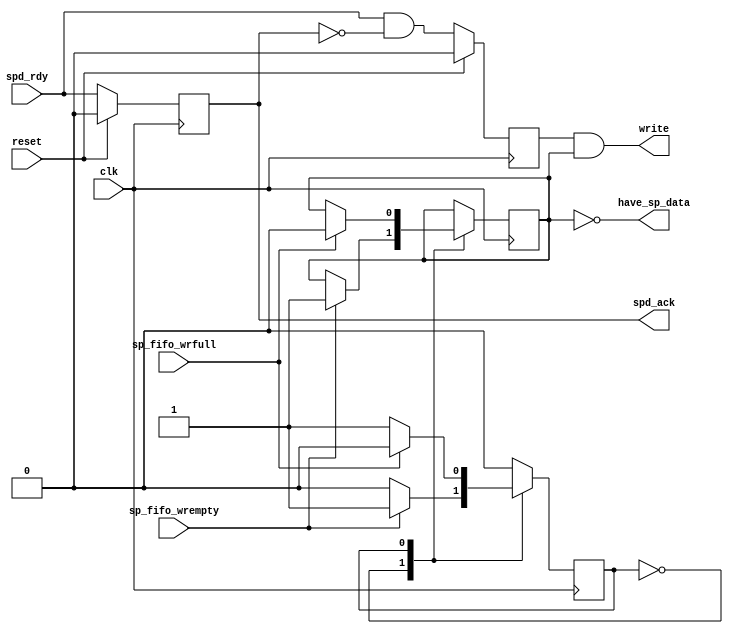
//
//  HPSDR - High Performance Software Defined Radio
//
//  Metis code. 
//
//  This program is free software; you can redistribute it and/or modify
//  it under the terms of the GNU General Public License as published by
//  the Free Software Foundation; either version 2 of the License, or
//  (at your option) any later version.
//
//  This program is distributed in the hope that it will be useful,
//  but WITHOUT ANY WARRANTY; without even the implied warranty of
//  MERCHANTABILITY or FITNESS FOR A PARTICULAR PURPOSE.  See the
//  GNU General Public License for more details.
//
//  You should have received a copy of the GNU General Public License
//  along with this program; if not, write to the Free Software
//  Foundation, Inc., 59 Temple Place, Suite 330, Boston, MA  02111-1307  USA


//  SP_fifo receive control  - Copyright 2009, 2010, 2011  Phil Harman VK6APH

/*
	Mercury sends raw 16 bit ADC samples to Metis via Atlas A12. The SP_fifo is filled 
	with 4096 consecutive samples. The code loops until the fifo is empty then sets the 
	write. Once the SP_fifo is full wire is reset.
	
	spd_rdy comes from nWire receiver on Atlas A12. Pulse is high when data is avaliable.
	Pulse is too wide to use as is so is gated with delayed version of itself.

*/




module sp_rcv_ctrl (clk, reset, spd_rdy, spd_ack, 
					sp_fifo_wrempty, sp_fifo_wrfull, write, have_sp_data );

input wire clk;
input wire spd_rdy;
input wire sp_fifo_wrempty;
input wire sp_fifo_wrfull;
input wire reset;

output reg  spd_ack;
output wire write;
output wire have_sp_data;

reg state;
reg sp_wrreq;
reg wrenable;

always @(posedge clk)
begin
  if (reset) begin 
    spd_ack <= 1'b0;
    sp_wrreq <= 1'b0;
  end 
  else begin
    spd_ack <= spd_rdy; 				// one IF_clk delay
    sp_wrreq <= spd_rdy & !spd_ack;     // create fifo write pulse
  end 
 
// load SP_fifo with 4096 raw 16 bit ADC samples every time it is empty    
case(state)
0: begin 
	if (sp_fifo_wrempty) begin  // enable write to SP_fifo
		wrenable <= 1'b1;
		state <= 1'b1;
	end 
   end 
   
1: begin 
	if (sp_fifo_wrfull) begin	// disable write to SP_fifo
	   wrenable <= 1'b0;
	   state <= 1'b0;
	end
   end 
default: state <= 1'b0;
endcase
end

assign write = (sp_wrreq && wrenable);   // gate fifo write pulse
assign have_sp_data = !wrenable;			 // indicate data is availble to be read


endmodule